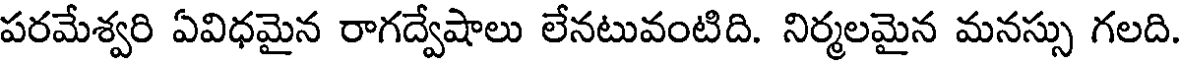
పరమేశ్వరి ఏవిధమైన రాగద్వేషాలు లేనటువంటిది. నిర్మలమైన మనస్సు గలది